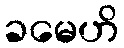
ခမေဟိ